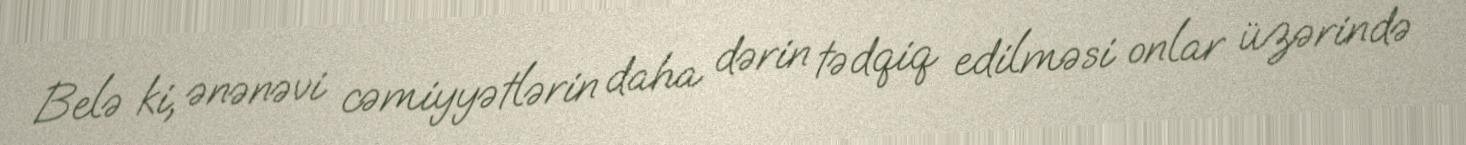
Belə ki, ənənəvi cəmiyyətlərin daha dərin tədqiq edilməsi onlar üzərində